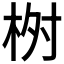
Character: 𣑣